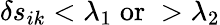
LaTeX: \delta s_{ik}<\lambda_{1}\; \mathrm{or}\; >\lambda_{2}